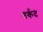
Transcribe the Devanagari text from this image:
तर्कद